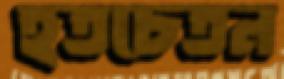
হতচেতন